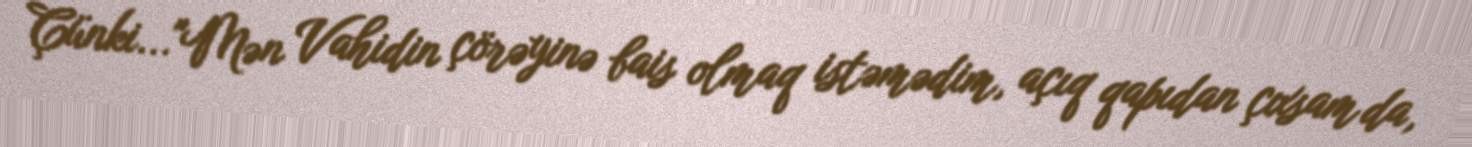
Çünki..."Mən Vahidin çörəyinə bais olmaq istəmədim, açıq qapıdan çıxsam da,